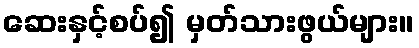
ဆေးနှင့်စပ်၍ မှတ်သားဖွယ်များ။